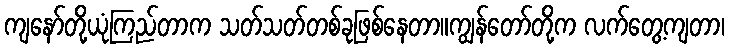
ကျနော်တို့ယုံကြည်တာက သတ်သတ်တစ်ခုဖြစ်နေတာ။ကျွန်တော်တို့က လက်တွေ့ကျတာ၊